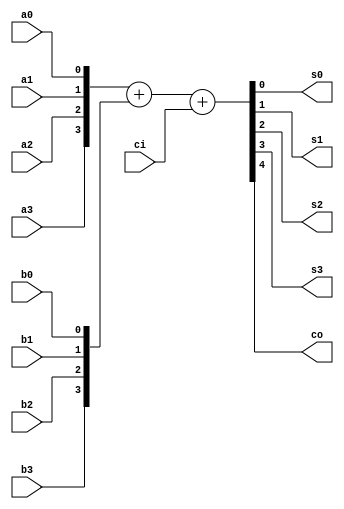
module fa4r
(
	output	s0,
	output	s1,
	output	s2,
	output	s3,
	output	co,
	input		ci,	
	input		a0,
	input		b0,
	input		a1,
	input		b1,
	input		a2,
	input		b2,
	input		a3,
	input		b3
);

wire [3:0] a;
wire [3:0] b;
wire [3:0] s;

assign a = {a3, a2, a1, a0};
assign b = {b3, b2, b1, b0};

assign s0 = s[0];
assign s1 = s[1];
assign s2 = s[2];
assign s3 = s[3];

assign {co, s} = a + b + {3'b000, ci};

endmodule